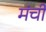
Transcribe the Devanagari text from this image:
मंची